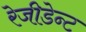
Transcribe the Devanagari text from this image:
रेजीडेन्ट